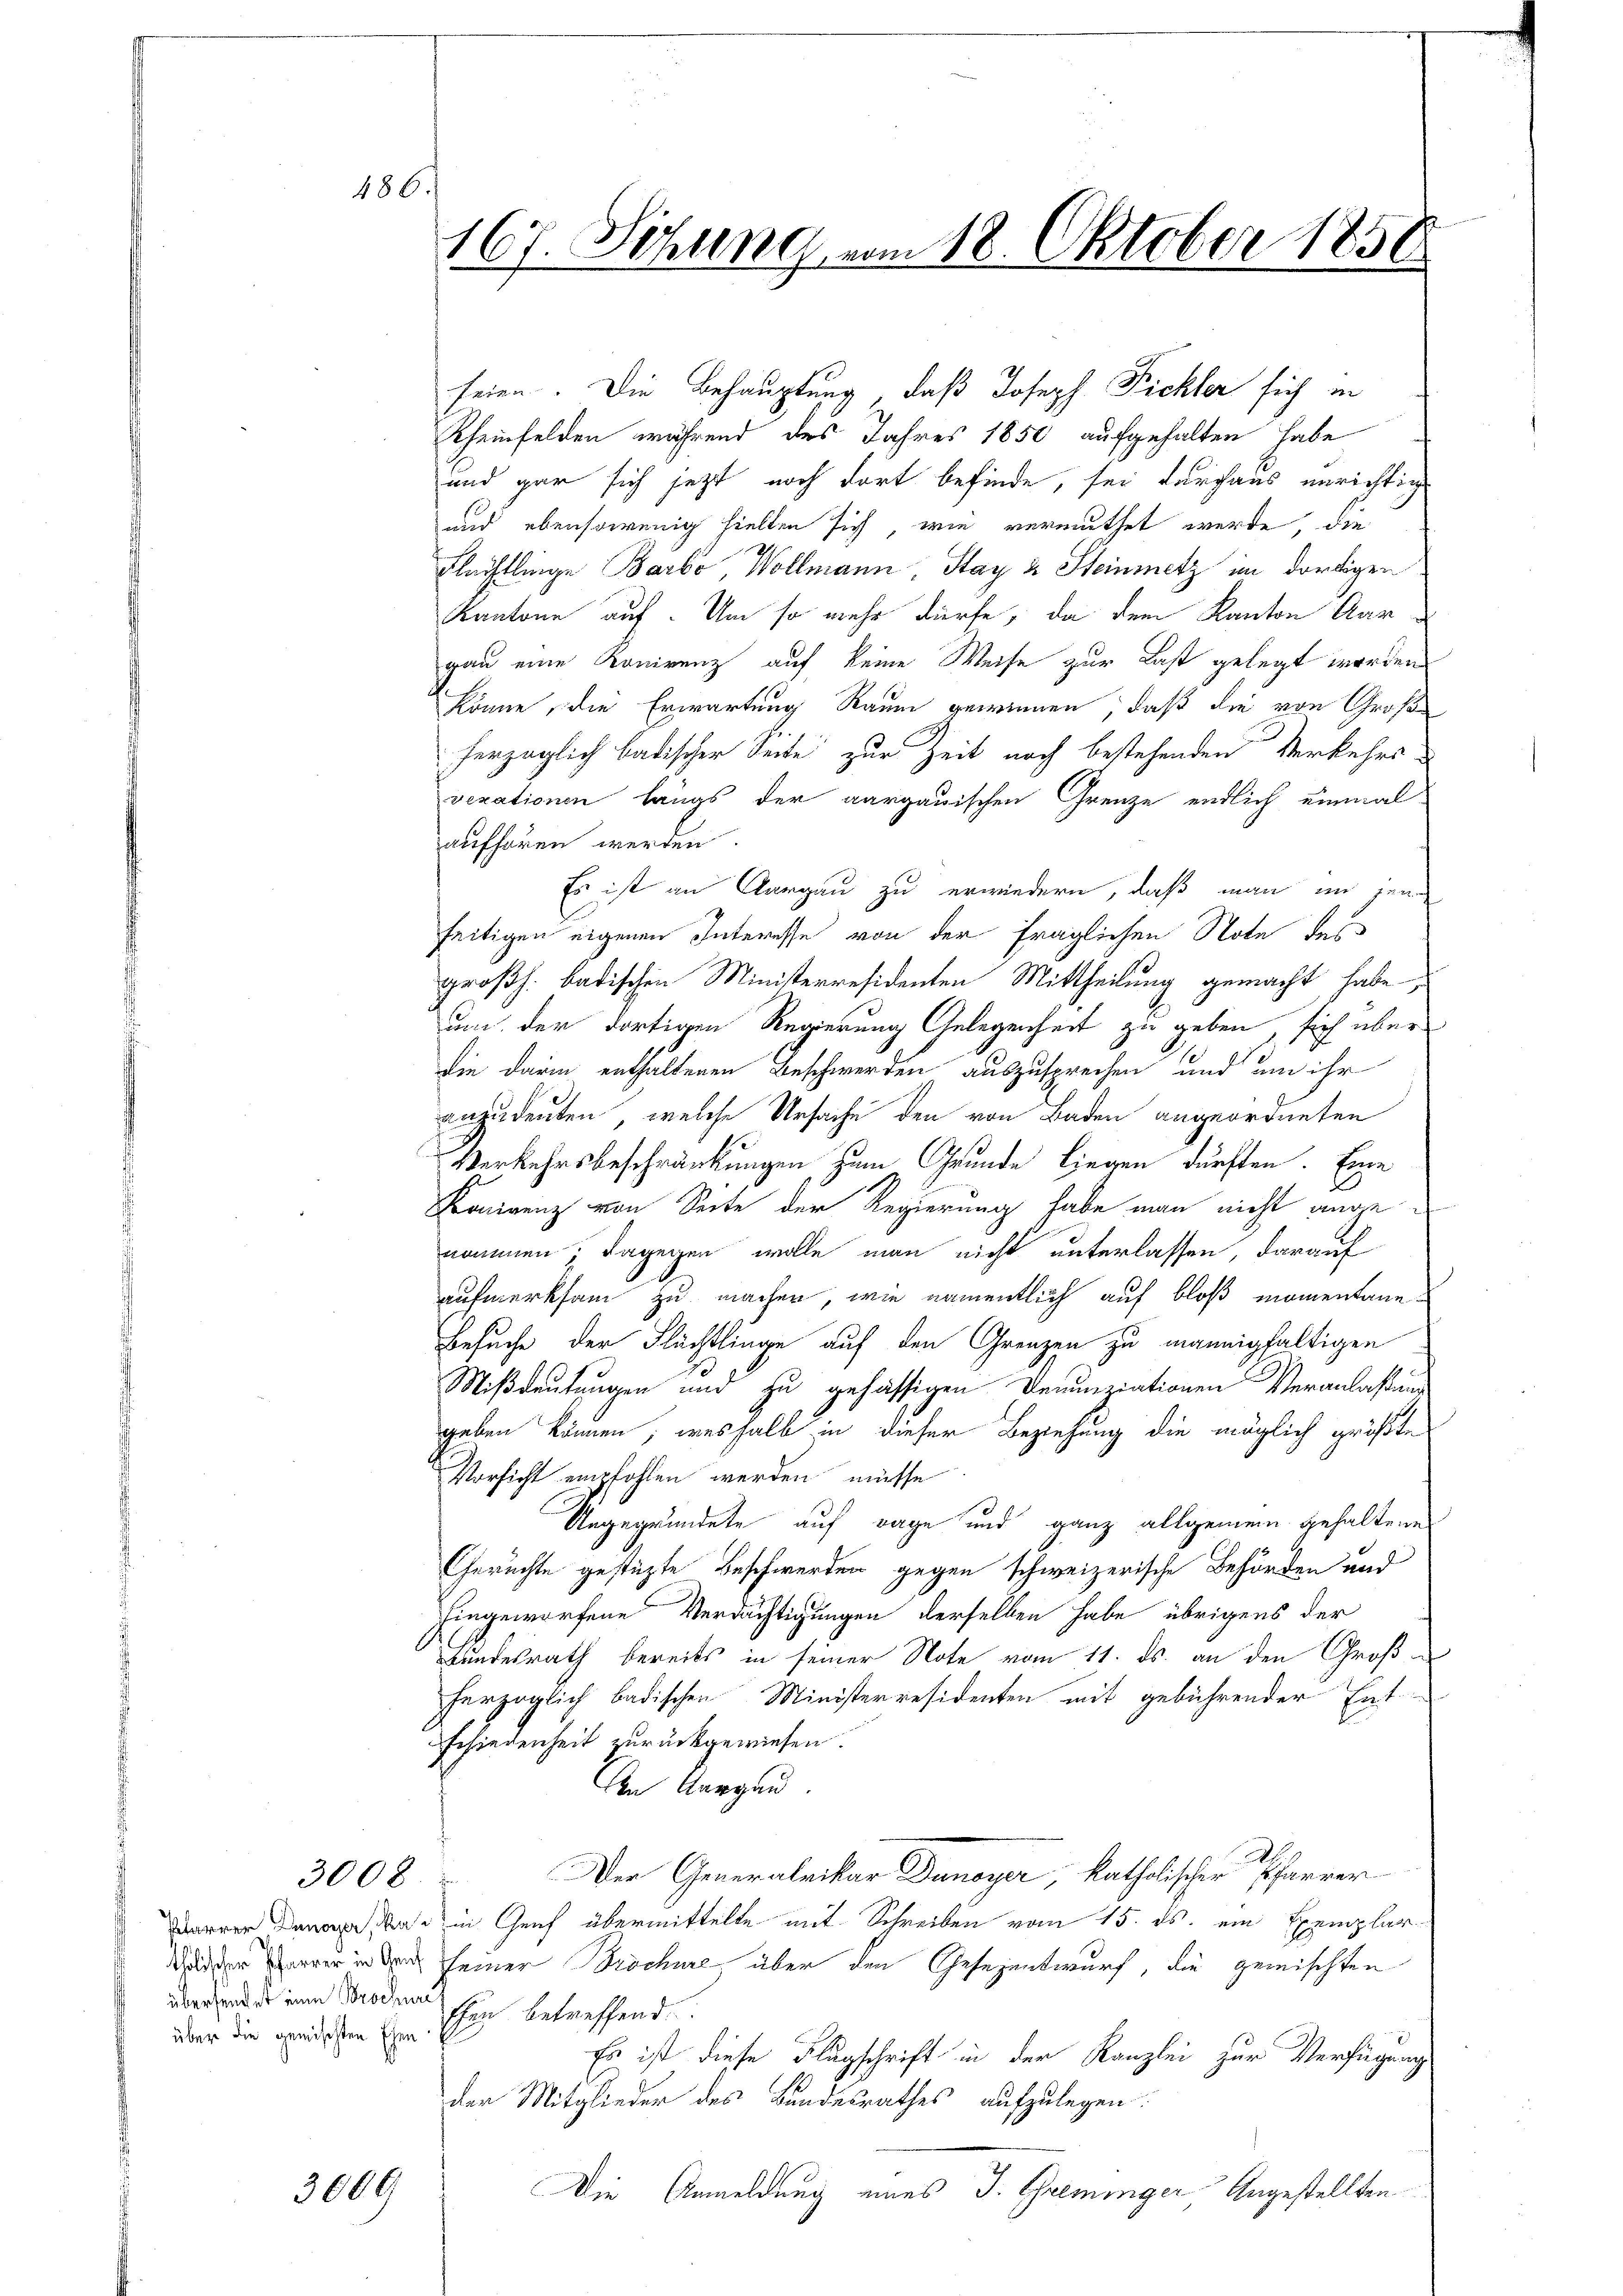
über die gemischten Ehen

3008.

3009

486.

seien. Die Behauptung, daß Joseph Fickler sich in
Rheinfelden während des Jahres 1850 aufgehalten habe
und gar sich jetzt noch dort befinde, sei durchaus unrichtig
und ebensowenig hielten sich, wie vermuthet werde, die
Flechtlinge Barbo Wollmann, Stay & Steinmetz im dortigen
Kantone auf. Um so mehr dürfe, da dem Kanton Aargau eine Konirenz auf keine Weise zur Last gelegt worden
könne, die Erwartung Raum gewinnen, daß die von Große
herzoglich badischer Seite zur Zeit noch bestehenden Verkehrs-
vexationen längs der aargauischen Grenze endlich einmal
aufhören werden.
Es ist an Aargau zu erwiedern, daß man in jene
seitigen eigenen Interesse von der fraglichen Note des
großh. badischen Ministerresidenten Mittheilung gemacht habe,
um der dortigen Regierung Gelegenheit zu geben, sich über
die darin enthaltenen Beschwerden auszusprechen und um ihr
anzudeuten, welche Ursache den von Baden angeordneten
Verkehrsbeschränkungen zum Grunde Liegen dürften. Eine
Bonerenz von Seite der Regierung habe man nicht angenommen; dagegen wolle man nicht unterlassen, darauf
aufmerksam zu machen, wie namentlich auf bloß momentane¬
Besuche der Flächtlinge auf den Grenzen zu mannigfaltigen
Mißdeutungen und zu gehässigen Denunziationen Veranlaßung
geben können; weshalb in dieser Beziehung die möglich größte
Vorsicht empfohlen werden müsse
Angegründete auf Tage und ganz allgemein gehaltene
Gerüchte gestüzte Beschwerden gegen schweizerische Behörden und
hingeworfene Verdächtigungen derselben habe übrigens der
Bundesrath bereits in seiner Note vom 11. ds. an den Großherzoglich badischen Ministerresidenten mit gebührender Ent-
Schiedenheit zurückgewiesen.
den Aargau
A
Der Generalvikar Dunoyer, katholischer Pfarrer
  ad in Genf übermittelte mit Schreiben vom 15. ds. ein Exemplar
udder er in der seiner Brochüre, über den Gesezentwurf, die gemischten
über des eine Moden Ein betreffend
Es ist diese Flugschrift in der Kanzlei zur Verfügung
der Mitglieder des Bundesrathes aufzulegen:
Die Anmeldung eines J. Greminger, Angestellten

167. Sitzung vom 18. Oktober 1858